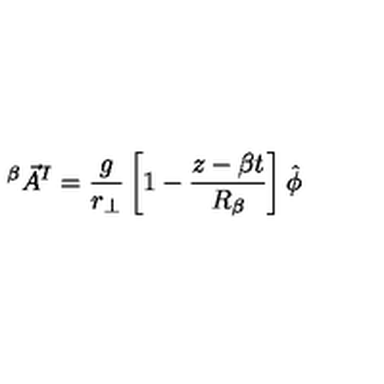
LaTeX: ^ { \beta } { \vec { A } } ^ { I } = { \frac { g } { r _ { \bot } } } \left[ 1 - { \frac { z - \beta t } { R _ { \beta } } } \right] \hat { \phi }